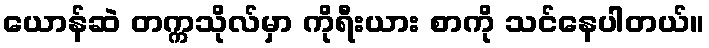
ယောန်ဆဲ တက္ကသိုလ်မှာ ကိုရီးယား စာကို သင်နေပါတယ်။